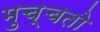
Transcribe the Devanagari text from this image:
मुच्चतो